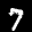
Label: 7